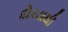
દોરડાથી